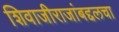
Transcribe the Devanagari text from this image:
शिवाजीराजांबद्दलचा